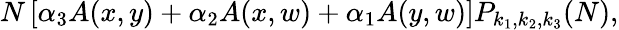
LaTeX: N\left[\alpha_{3}A(x,y)+\alpha_{2}A(x,w)+\alpha_{1}A(y,w)\right]P_{k_{1},k_{2},k_{3}}(N),